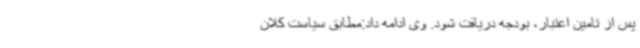
پس از تامین اعتبار، بودجه دریافت شود. وی ادامه داد:مطابق سیاست کلان